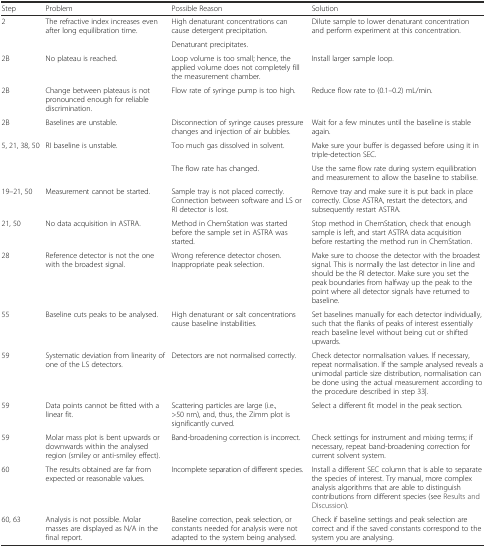
<table><thead><tr><td><b>Step</b></td><td><b>Problem</b></td><td><b>Possible Reason</b></td><td><b>Solution</b></td></tr></thead><tbody><tr><td rowspan="2">2</td><td rowspan="2">The refractive index increases even after long equilibration time.</td><td>High denaturant concentrations can cause detergent precipitation.</td><td rowspan="2">Dilute sample to lower denaturant concentration and perform experiment at this concentration.</td></tr><tr><td>Denaturant precipitates.</td></tr><tr><td>2B</td><td>No plateau is reached.</td><td>Loop volume is too small; hence, the applied volume does not completely fill the measurement chamber.</td><td>Install larger sample loop.</td></tr><tr><td>2B</td><td>Change between plateaus is not pronounced enough for reliable discrimination.</td><td>Flow rate of syringe pump is too high.</td><td>Reduce flow rate to (0.1–0.2) mL/min.</td></tr><tr><td>2B</td><td>Baselines are unstable.</td><td>Disconnection of syringe causes pressure changes and injection of air bubbles.</td><td>Wait for a few minutes until the baseline is stable again.</td></tr><tr><td rowspan="2">5, 21, 38, 50</td><td rowspan="2">RI baseline is unstable.</td><td>Too much gas dissolved in solvent.</td><td>Make sure your buffer is degassed before using it in triple-detection SEC.</td></tr><tr><td>The flow rate has changed.</td><td>Use the same flow rate during system equilibration and measurement to allow the baseline to stabilise.</td></tr><tr><td>19–21, 50</td><td>Measurement cannot be started.</td><td>Sample tray is not placed correctly. Connection between software and LS or RI detector is lost.</td><td>Remove tray and make sure it is put back in place correctly. Close ASTRA, restart the detectors, and subsequently restart ASTRA.</td></tr><tr><td>21, 50</td><td>No data acquisition in ASTRA.</td><td>Method in ChemStation was started before the sample set in ASTRA was started.</td><td>Stop method in ChemStation, check that enough sample is left, and start ASTRA data acquisition before restarting the method run in ChemStation.</td></tr><tr><td>28</td><td>Reference detector is not the one with the broadest signal.</td><td>Wrong reference detector chosen. Inappropriate peak selection.</td><td>Make sure to choose the detector with the broadest signal. This is normally the last detector in line and should be the RI detector. Make sure you set the peak boundaries from halfway up the peak to the point where all detector signals have returned to baseline.</td></tr><tr><td>55</td><td>Baseline cuts peaks to be analysed.</td><td>High denaturant or salt concentrations cause baseline instabilities.</td><td>Set baselines manually for each detector individually, such that the flanks of peaks of interest essentially reach baseline level without being cut or shifted upwards.</td></tr><tr><td>59</td><td>Systematic deviation from linearity of one of the LS detectors.</td><td>Detectors are not normalised correctly.</td><td>Check detector normalisation values. If necessary, repeat normalisation. If the sample analysed reveals a unimodal particle size distribution, normalisation can be done using the actual measurement according to the procedure described in step 33|.</td></tr><tr><td>59</td><td>Data points cannot be fitted with a linear fit.</td><td>Scattering particles are large (i.e., &gt;50 nm), and, thus, the Zimm plot is significantly curved.</td><td>Select a different fit model in the peak section.</td></tr><tr><td>59</td><td>Molar mass plot is bent upwards or downwards within the analysed region (smiley or anti-smiley effect).</td><td>Band-broadening correction is incorrect.</td><td>Check settings for instrument and mixing terms; if necessary, repeat band-broadening correction for current solvent system.</td></tr><tr><td>60</td><td>The results obtained are far from expected or reasonable values.</td><td>Incomplete separation of different species.</td><td>Install a different SEC column that is able to separate the species of interest. Try manual, more complex analysis algorithms that are able to distinguish contributions from different species (see Results and Discussion).</td></tr><tr><td>60, 63</td><td>Analysis is not possible. Molar masses are displayed as N/A in the final report.</td><td>Baseline correction, peak selection, or constants needed for analysis were not adapted to the system being analysed.</td><td>Check if baseline settings and peak selection are correct and if the saved constants correspond to the system you are analysing.</td></tr></tbody></table>